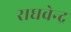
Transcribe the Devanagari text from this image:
राघवेन्‍द्र